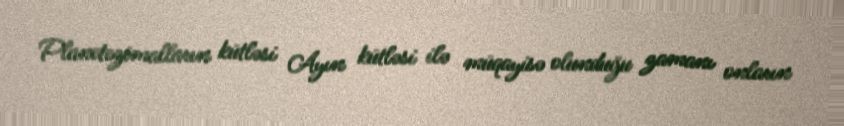
Planetezimalların kütləsi Ayın kütləsi ilə müqayisə olunduğu zamanı onların